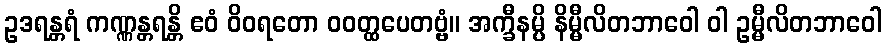
ဥဒရန္တရံ ကဏ္ဏန္တရန္တိ ဧဝံ ဝိဝရတော ဝဝတ္ထပေတဗ္ဗံ။ အက္ခီနမ္ပိ နိမ္မီလိတဘာဝေါ ဝါ ဥမ္မီလိတဘာဝေါ